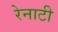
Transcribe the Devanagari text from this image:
रेनाटी